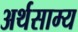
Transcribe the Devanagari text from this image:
अर्थसाम्य